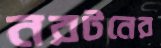
নরটনের